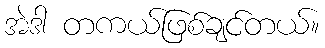
အဲဒါ တကယ်ဖြစ်ချင်တယ်။